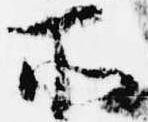
所